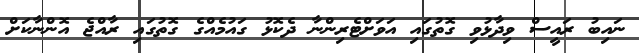
ނައިބު ރައީސް ވިދާޅުވި ގޮތުގައި އަވަށްޓެރިންނާ ދެކޮޅު ގައުމެއްގެ ގޮތުގައި ރާއްޖެ އޮންނާކަށް